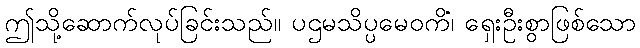
ဤသို့ဆောက်လုပ်ခြင်းသည်။ ပဌမသိပ္ပမေဝကိံ၊ ရှေးဦးစွာဖြစ်သော